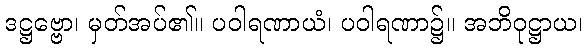
ဒဋ္ဌဗ္ဗော၊ မှတ်အပ်၏။ ပဝါရဏာယံ၊ ပဝါရဏာ၌။ အဘိဝုဋ္ဌာယ၊